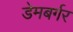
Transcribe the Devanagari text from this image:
डेमबर्गर